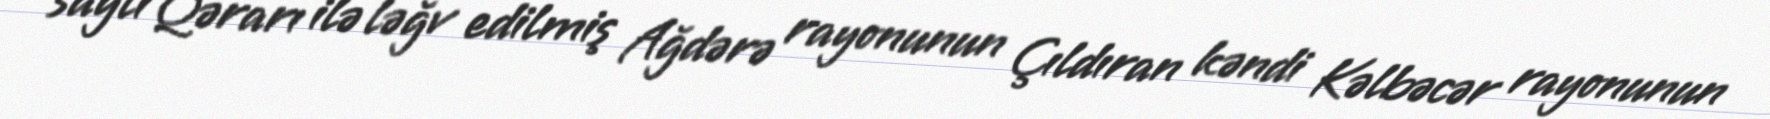
saylı Qərarı ilə ləğv edilmiş Ağdərə rayonunun Çıldıran kəndi Kəlbəcər rayonunun